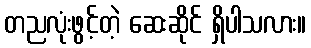
တညလုံးဖွင့်တဲ့ ဆေးဆိုင် ရှိပါသလား။